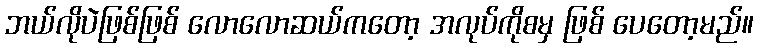
ဘယ်လိုပဲဖြစ်ဖြစ် လောလောဆယ်ကတော့ အလုပ်ကိုစမှ ဖြစ် ပေတော့မည်။